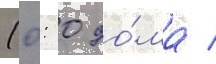
(0: 0 до́ма /